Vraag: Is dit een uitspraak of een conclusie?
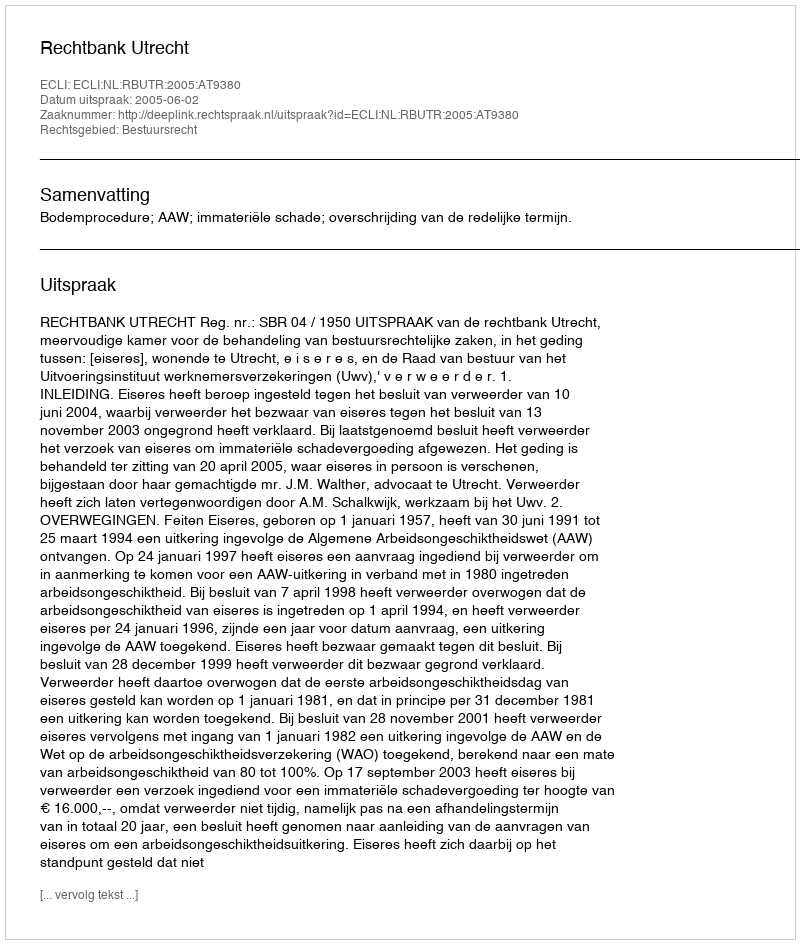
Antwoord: Uitspraak